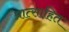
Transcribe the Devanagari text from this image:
प्रात्साहित